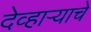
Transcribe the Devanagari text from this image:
देव्हाऱ्याचे